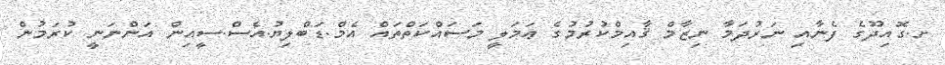
ށ.ގޮއިދޫގެ ފެނާއި ނަރުދަމާ ނިޒާމް ޤާއިމްކުރުމުގެ ޢަމަލީ މަސައްކަތްތައް އެމް.ޑަބްލިޔު.އެސް.ސީއިން އަންނަނީ ކުރަމުން